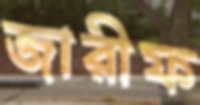
জারীফ